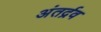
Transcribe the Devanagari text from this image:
अंतर्द्रव